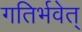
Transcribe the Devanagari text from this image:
गतिर्भवेत्